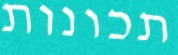
תכונות